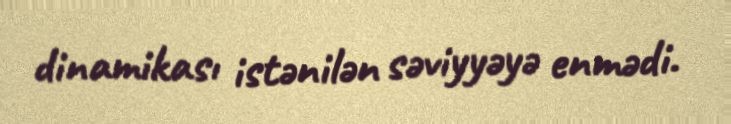
dinamikası istənilən səviyyəyə enmədi.